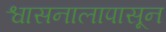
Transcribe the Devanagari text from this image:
श्वासनालापासून